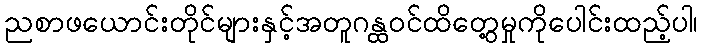
ညစာဖယောင်းတိုင်များနှင့်အတူဂန္ထဝင်ထိတွေ့မှုကိုပေါင်းထည့်ပါ၊